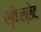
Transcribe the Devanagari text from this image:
स्किल्लेट